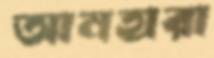
আনহারা